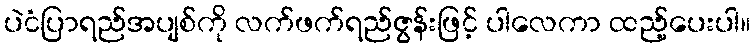
ပဲငံပြာရည်အပျစ်ကို လက်ဖက်ရည်ဇွန်းဖြင့် ပါလေကာ ထည့်ပေးပါ။